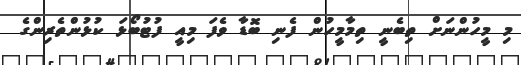
މި މީހުންނަށް ތިބެނީ ތިމާމީހުން ފެނި ބޮޑާ ވެފަ މިއީ ފުޓުބޯޅަ ކުޅުންތެރިންގެ